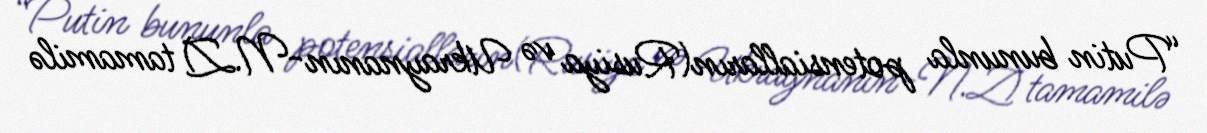
“Putin bununla potensialların(Rusiya və Ukraynanın-N.Z) tamamilə